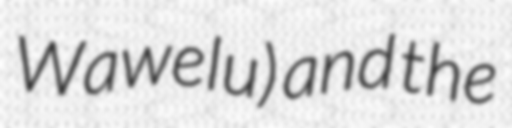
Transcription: Wawelu) and the